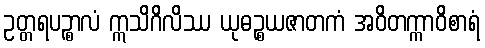
ဥတ္တရပဉ္စာလံ ဣသိဂိလိဿ ယုဓဉ္စယဇာတကံ အဝိတက္ကာဝိစာရံ